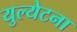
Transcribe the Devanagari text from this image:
युल्येटना